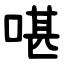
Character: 啿